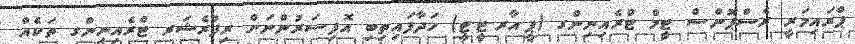
ޕްރައިމަރީ ރެސްޕޮންސް ޓީމް ޓްރެއިނިންގ (ޕީ.އާރ.ޓީ.ޓީ) ހަދާފައިތިބި އޮފިސަރުންނަށް ރިފްރެޝަރ ޓްރެއިނިންގ ތަކެއް